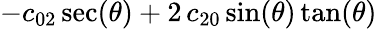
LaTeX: -c_{02}\sec(\theta)+2\, c_{20}\sin(\theta)\tan(\theta)